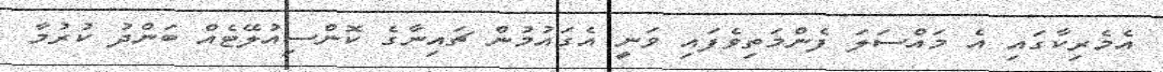
އެމެރިކާގައި އެ މައްސަލަ ފެންމަތިވެފައި ވަނީ އެގައުމުން ޗައިނާގެ ކޮންސިއުލޭޓެއް ބަންދު ކުރުމާ